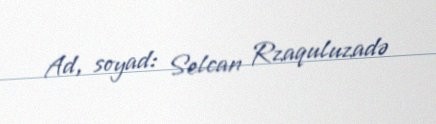
Ad, soyad: Selcan Rzaquluzadə